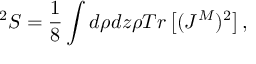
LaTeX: ^ 2 S = \frac { 1 } { 8 } \int d \rho d z \rho T r \left[ ( J ^ { M } ) ^ { 2 } \right] ,